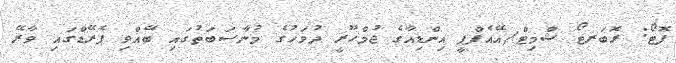
ފޮޓޯ: ރޮބަރޓޯ ޝްމިޓް/އޭއެފްޕީ އިންޑިއާގެ ޖުމްހޫރީ ދުވަހުގެ މުނާސަބަތުގައި ބޭއްވި ޕެރޭޑްގައި ވާރޭ